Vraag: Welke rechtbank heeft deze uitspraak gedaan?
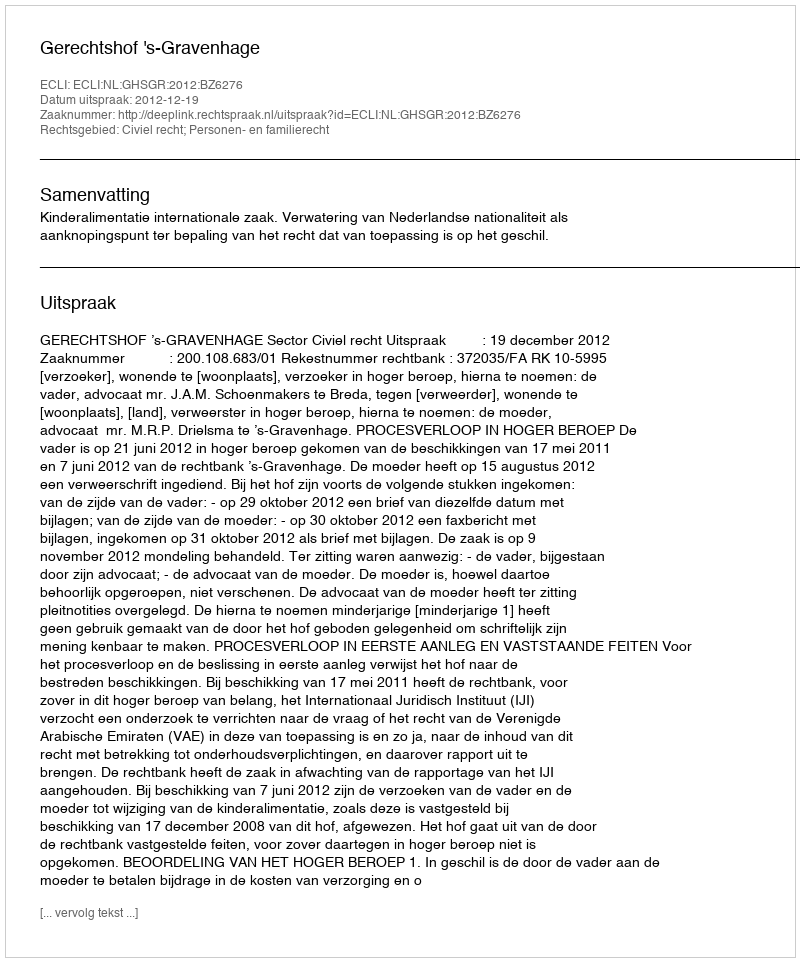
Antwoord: Gerechtshof 's-Gravenhage